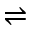
\rightleftharpoons